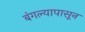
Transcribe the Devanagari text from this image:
बंगल्यापासून